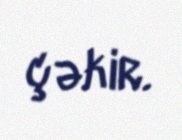
çəkir.